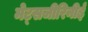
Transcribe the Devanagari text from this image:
मेट्सजीरिनीई